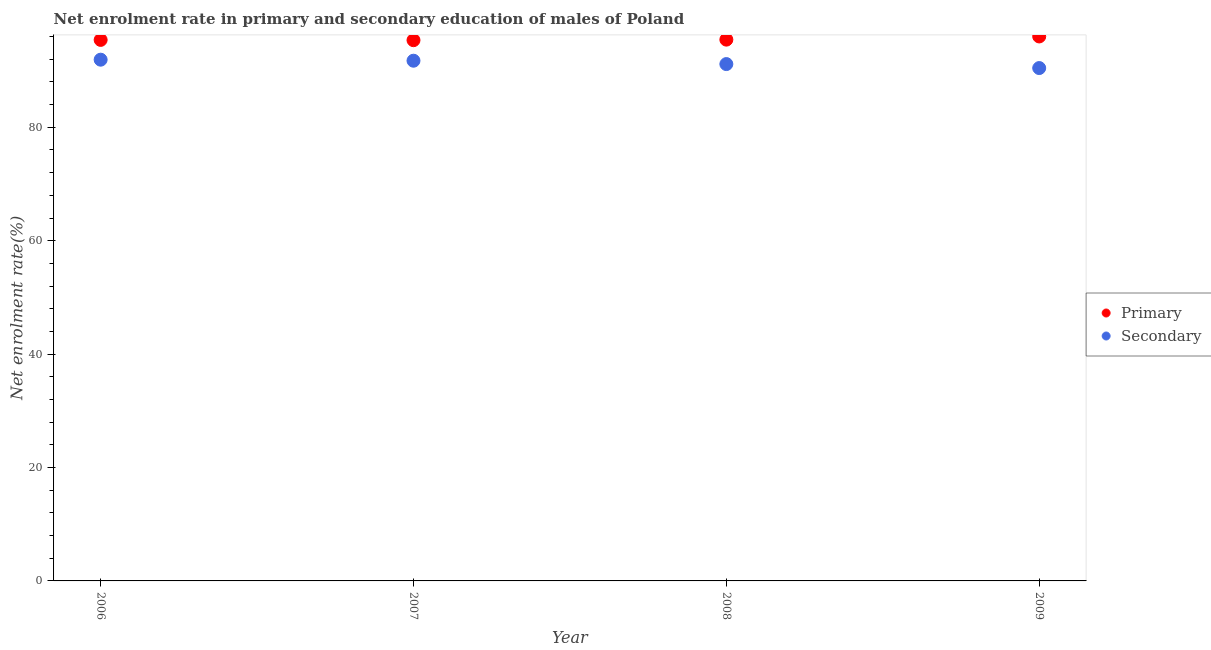
| Year | Primary | Secondary |
 | --- | --- | --- |
 | 2006 | 95.4 | 91.9 |
 | 2007 | 95.4 | 91.7 |
 | 2008 | 95.5 | 91.1 |
 | 2009 | 96 | 90.4 |